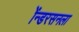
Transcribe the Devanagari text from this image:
ॲन्डरसनला